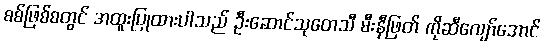
စစ်ဖြစ်စတွင် အထူးပြုထားပါသည် ဦးဆောင်သုတေသီ မီးနီဖြတ် ကိုဆီလျော်အောင်